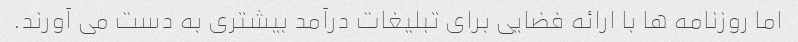
اما روزنامه ها با ارائه فضایی برای تبلیغات درآمد بیشتری به دست می آورند.